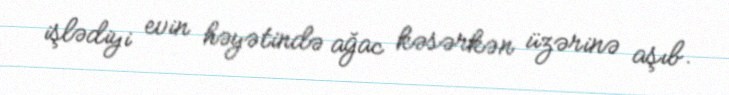
işlədiyi evin həyətində ağac kəsərkən üzərinə aşıb.